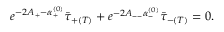
e ^ { - 2 A _ { + } - \alpha _ { + } ^ { ( 0 ) } } \bar { \tau } _ { + ( T ) } + e ^ { - 2 A _ { -- } \alpha _ { - } ^ { ( 0 ) } } \bar { \tau } _ { - ( T ) } = 0 .